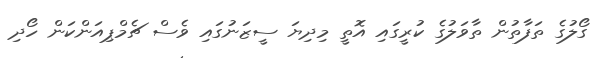
ގޯލުގެ ތަފާތުން ތާވަލުގެ ކުރީގައި އޮތީ މިދިޔަ ސީޒަނުގައި ވެސް ޗެމްޕިއަންކަން ހޯދި